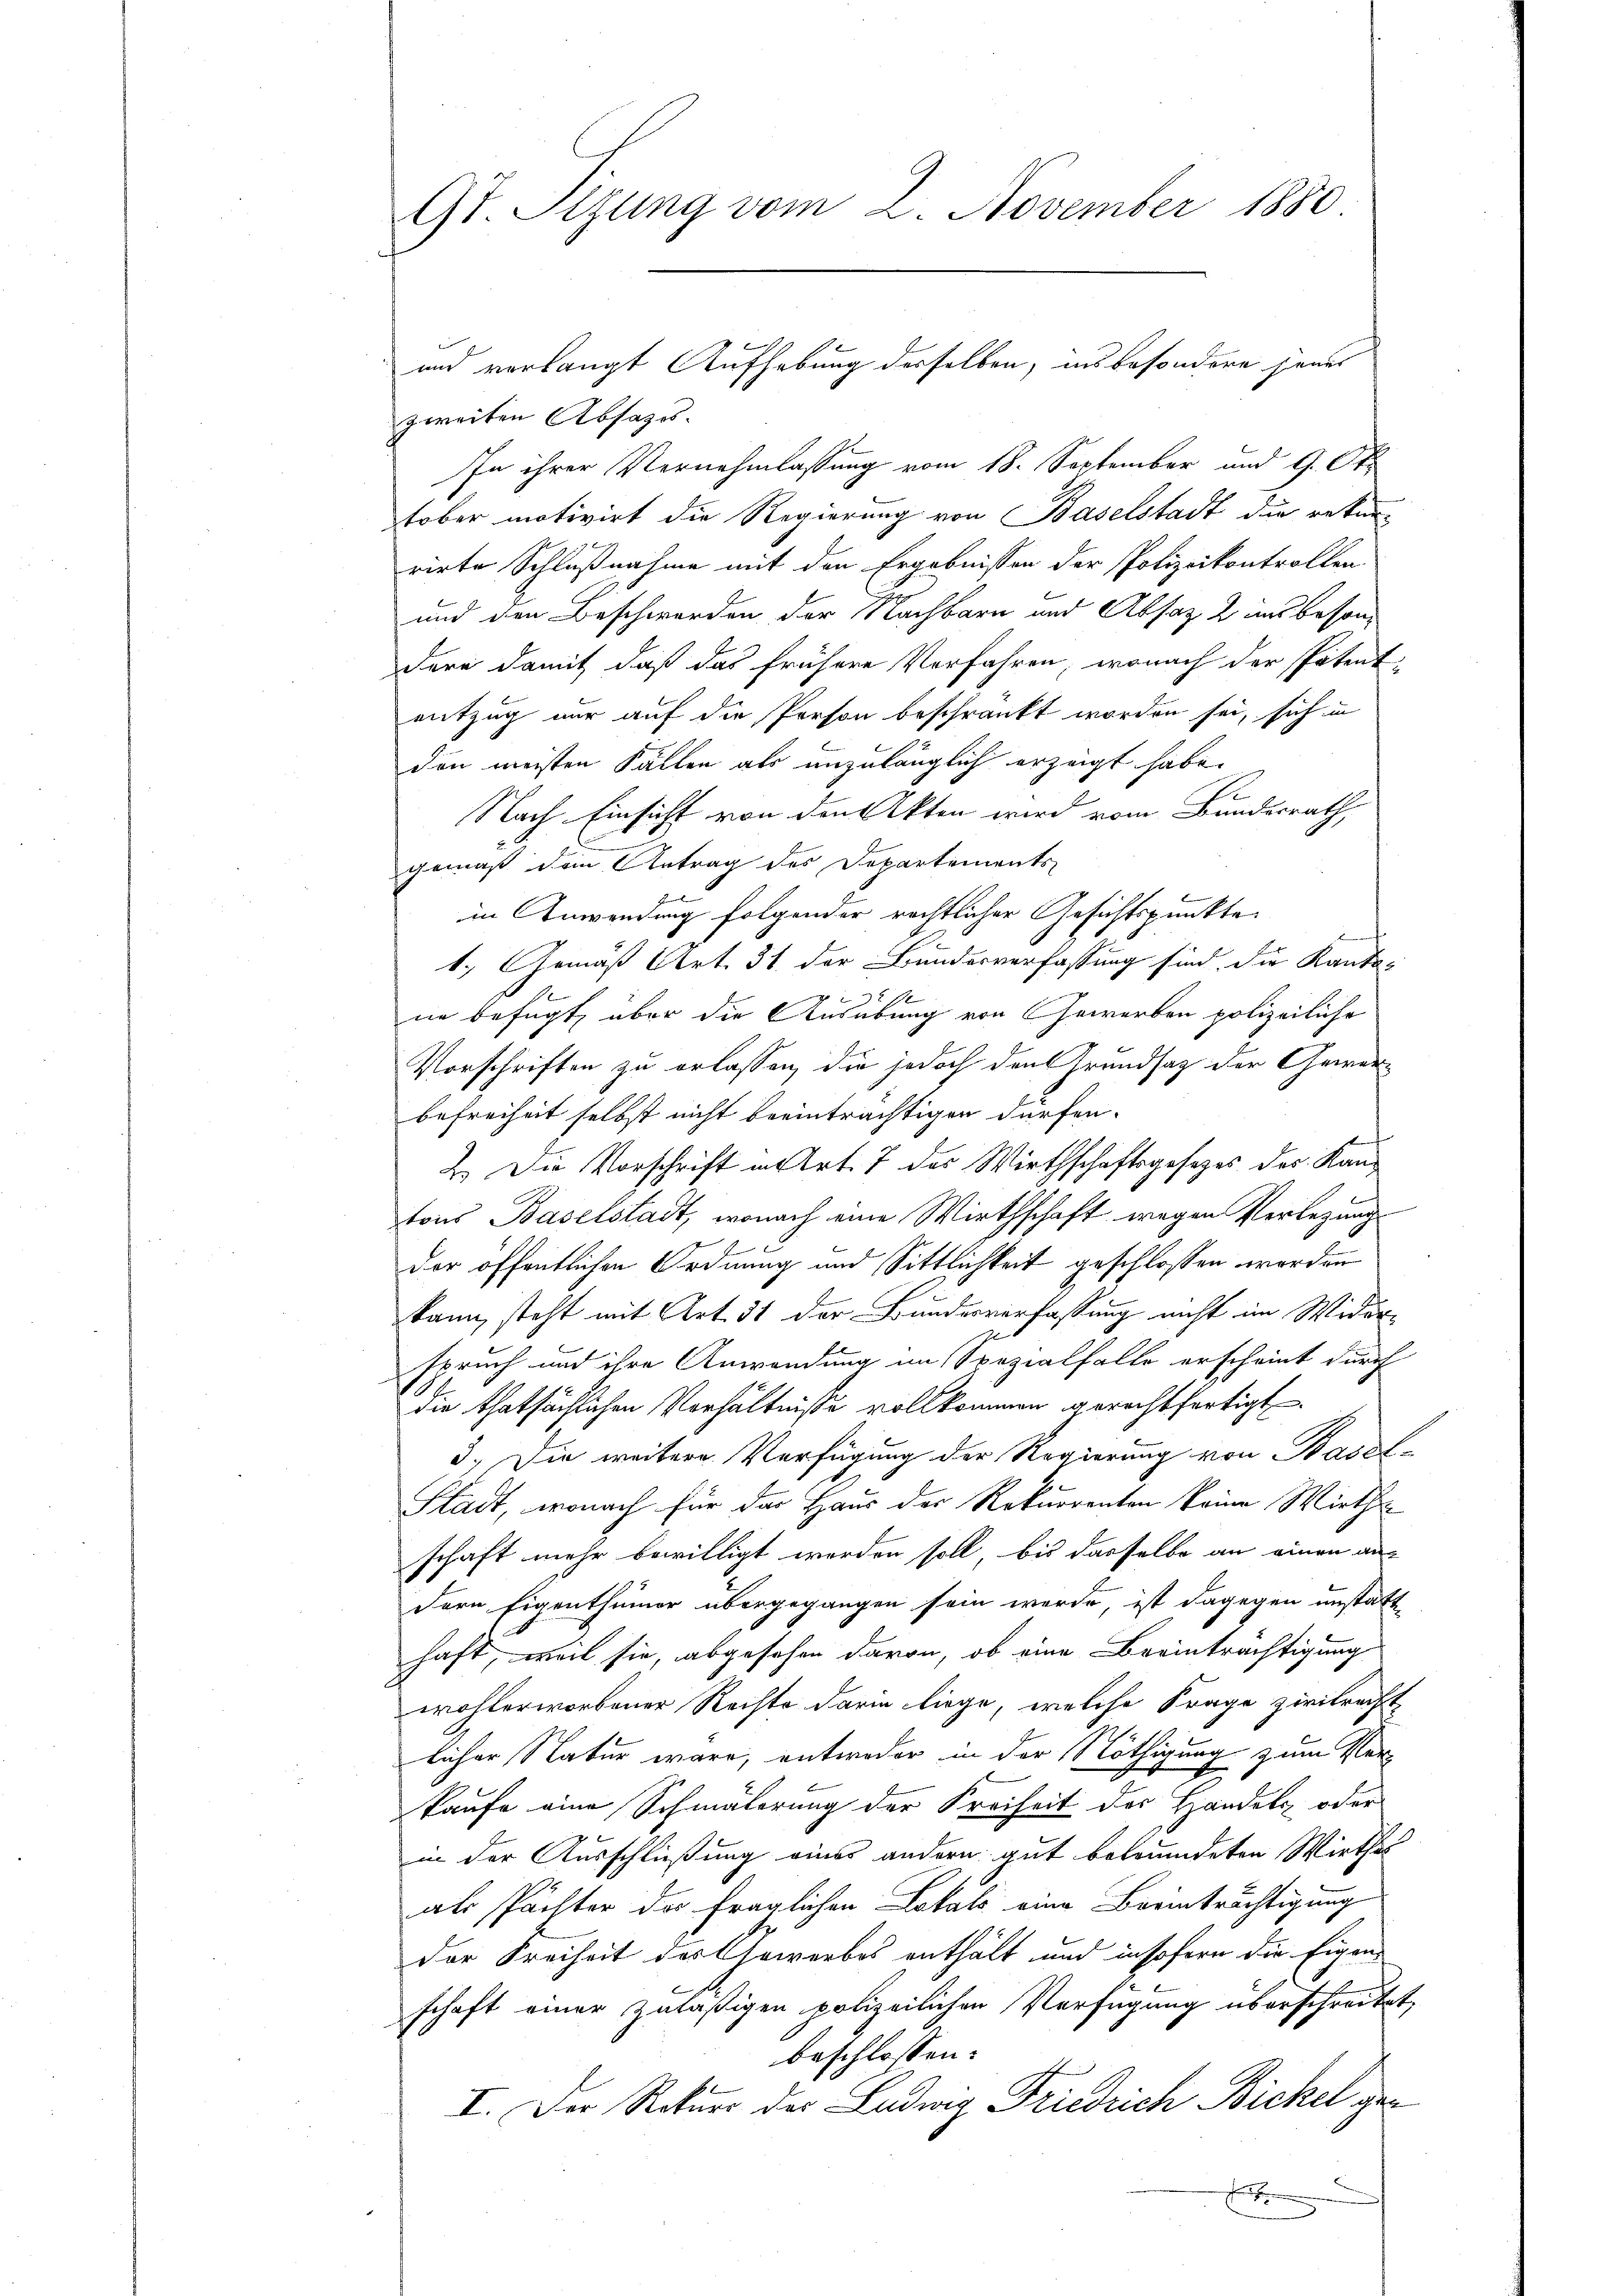
9t. Sizung vom 2. November 1880

zweiten Absazes.
In ihrer Vernehmlassung vom 18. September und 9. Ok-
Fober motivirt die Regierung von Baselstadt die rekur-
rirte Schlußnahme mit den Ergebnissen der Polizeikontrollen
und den Beschwerden der Nachbarn und Absatz 2 aus besondere damit daß das frühere Verfahren, wonach der spatent
entzug nur auf die Person beschränkt worden sei, sich in
den meisten Fällen als unzulänglich erzeigt habe.
Nach Einsicht von den Akten wird vom Bundesrath,
gemäß den Antrag des Departements
in Anwendung folgender rechtlicher Gesichtspunkte
1.) Gemäß Art. 31. der Bundesverfassung sind die Kanto-
fxx
ne befügt, über die Ausübung von Gewerben polizeiliche
Vorschriften zu erlassen, die jedoch den Grundsatz der Gewerbefreiheit selbst nicht beeinträchtigen dürfen.
2. Die Vorschrift an Art. 7 des Wirthschaftsgesezes des Kantons Baselstadt, wonach eine Wirthschaft wegen Verlegung
der öffentlichen Ordnung und Sittlichkeit geschlossen worden
kann, steht mit Art. 31 der Bundesverfassung nicht im Widerspruch und ihre Anwendung im Spezialfalle erscheint durch
die thatsächlichen Verhältnisse vollkommen gerechtfertigt
3.) Die weitere Verfügung der Regierung von Basel-
Stadt, wonach für das Haus der Rekurrenten keine Wirthsschaft mehr bewilligt worden soll, bis dasselbe an einen an-
dern Eigenthümer übergegangen sein werde, ist dagegen umstätt
haft, weil sie, abgesehen davon, ob eine Beeinträchtigung
wohlerworbener Rechte darin liege, welche Frage zivilrechte
licher Natur wäre, entweder in der Nöthigung zum Verkaufe eine Schmälerung der Freiheit der Handels- oder
in der Ausschließung eines andern gut betründeten Wirthal
als Pächter der fraglichen Lokals eine Beeinträchtigung
der Freiheit des Gewerbes enthält und insofern die Eigen-
1
schaft einer zuläßigen polizeilichen Verfügung überschreitet,
beschlossen:
I. Der Rekurs der Ludwig Friedrich Bichel ge¬
.

und verlangt Aufhebung desselben, ins besondere jenes